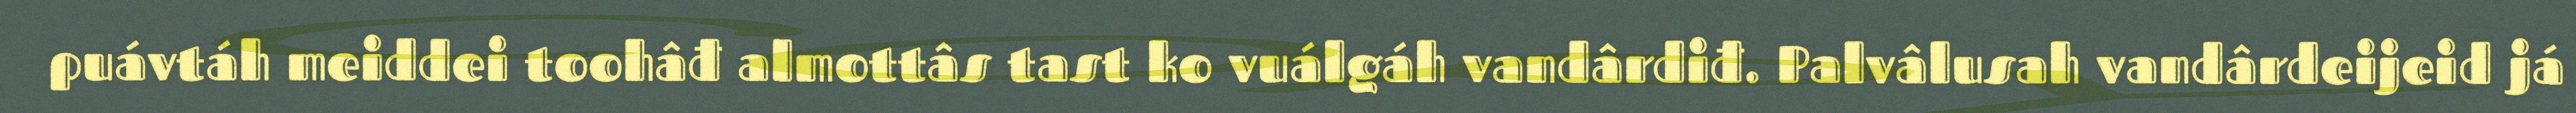
puávtáh meiddei toohâđ almottâs tast ko vuálgáh vandârdiđ. Palvâlusah vandârdeijeid já